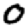
Digit: 0